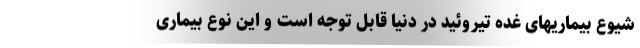
شیوع بیماریهای غده تیروئید در دنیا قابل توجه است و این نوع بیماری